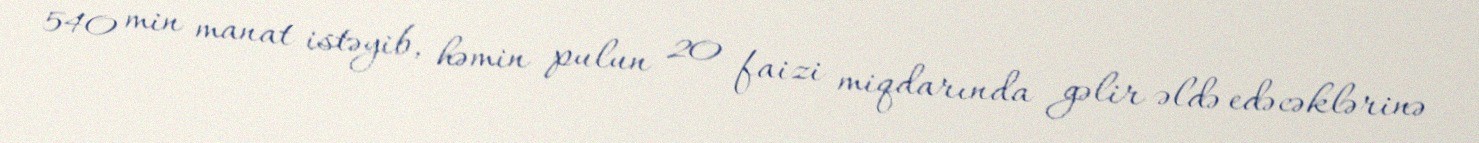
540 min manat istəyib, həmin pulun 20 faizi miqdarında gəlir əldə edəcəklərinə